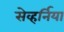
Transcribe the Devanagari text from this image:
सेव्हर्निया